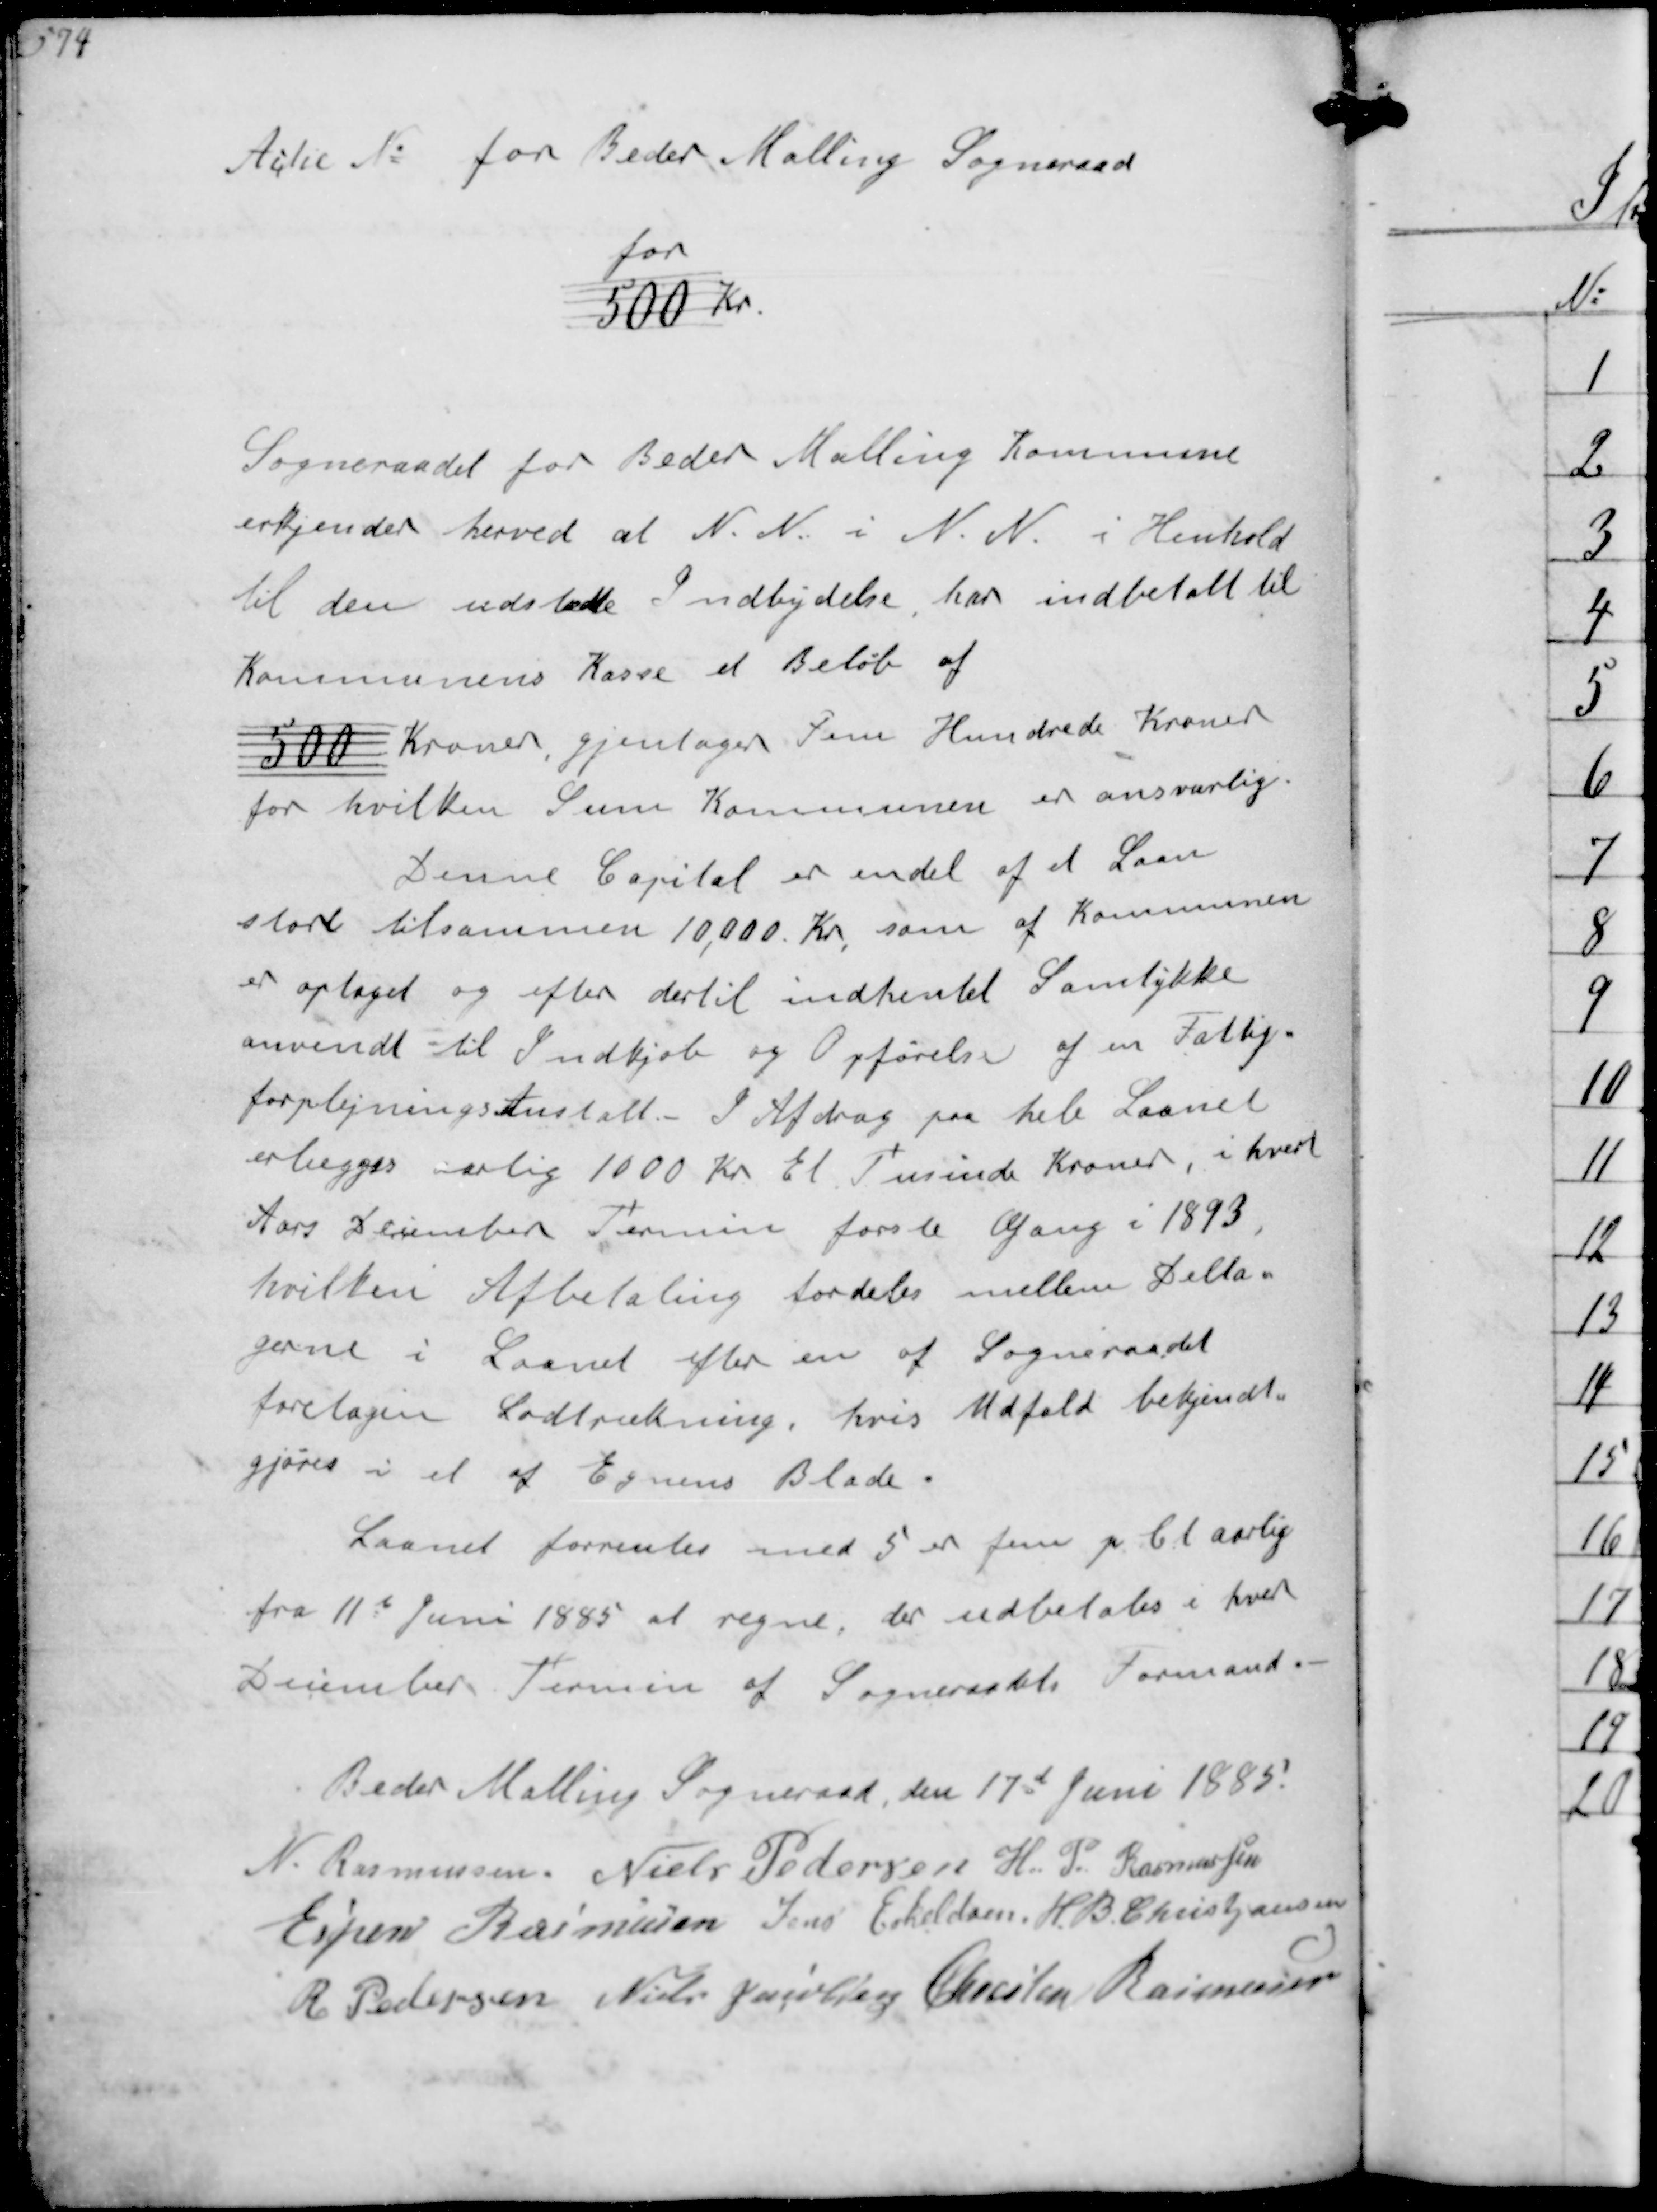
Transskription:
Actie for Beder Malling Sogneraad

for
500 Kr

Sogneraadet for Beder Malling Kommune
erkjender herved at N N i N N i Henhold
til den udstedte Indbydelse har indbetalt til
Kommunens Kasse et Beløb af
500 Kroner, gjentager Fem Hundrede Kroner
for hvilken Sum Kommunen er ansvarlige
Denne Capital er en del af et Laan
stort tilsammen 10,000 Kr, som af Kommunen
er optaget og efter dertil indhentet Samtykke
anvendt til Indkjøb og Opførelse af en Fattig-
forplejningsanstalt. I Afdrag paa hele Laanet
erlægges arlig 1000 Kr Et Tusind Kroner, i hvert
Aars December Termin første Gang i 1893,
hvilken Afbetaling fordeles mellem Delta-
gerne i Laanet efter en af Sogneraadet
foretagen Lodtrækning, hvis Udfald bekjendt-
gjøres i et af Egnens Blade.
Laanet forrentes 5% fem p C t aarlig
fra 11t Juni 1885 at regne, der udbetales i hver
December Terming af Sogneraadets Formand
Beder Malling Sogneraad, den 17d Juni 1885
N Rasmussen
Niels Pedersen
H P Rasmussen
Espen Rasmussen
Jens Eskeldsen
H B Christjansen
R Pedersen
Niels Jacobsen
Chresten Rasmussen